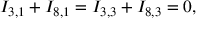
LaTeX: I _ { 3 , 1 } + I _ { 8 , 1 } = I _ { 3 , 3 } + I _ { 8 , 3 } = 0 ,